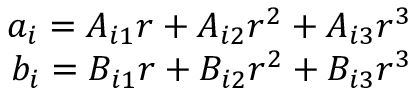
\begin{array} { r } { a _ { i } = A _ { i 1 } r + A _ { i 2 } r ^ { 2 } + A _ { i 3 } r ^ { 3 } } \\ { b _ { i } = B _ { i 1 } r + B _ { i 2 } r ^ { 2 } + B _ { i 3 } r ^ { 3 } } \end{array}